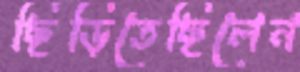
ছিঁড়িতেছিলেন